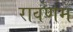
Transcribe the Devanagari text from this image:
रावणम